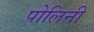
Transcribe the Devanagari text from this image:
पोलिनी